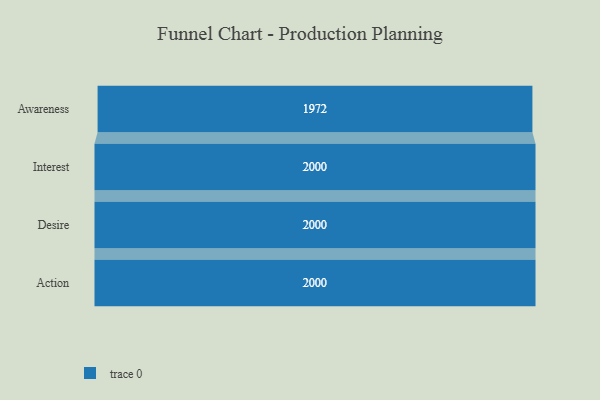
{"axis": {"x": "Stage", "y": "Value"}, "legend": [""], "data": [{"x": "Awareness", "y": 1972.0, "type": ""}, {"x": "Interest", "y": 2000, "type": ""}, {"x": "Desire", "y": 2000, "type": ""}, {"x": "Action", "y": 2000, "type": ""}]}